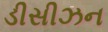
ડીસીઝન